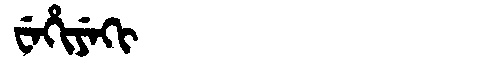
Manchu: ᠸᡝᡥᡳᠶᡝᡴᡳ
Romanization: WEHIYEKI